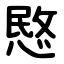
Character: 愍